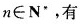
n∈N'，有